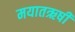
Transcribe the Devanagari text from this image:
मयातऋषी